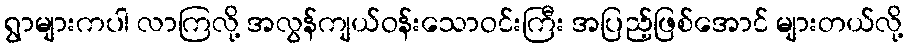
ရွာများကပါ လာကြလို့ အလွန်ကျယ်ဝန်းသောဝင်းကြီး အပြည့်ဖြစ်အောင် များတယ်လို့